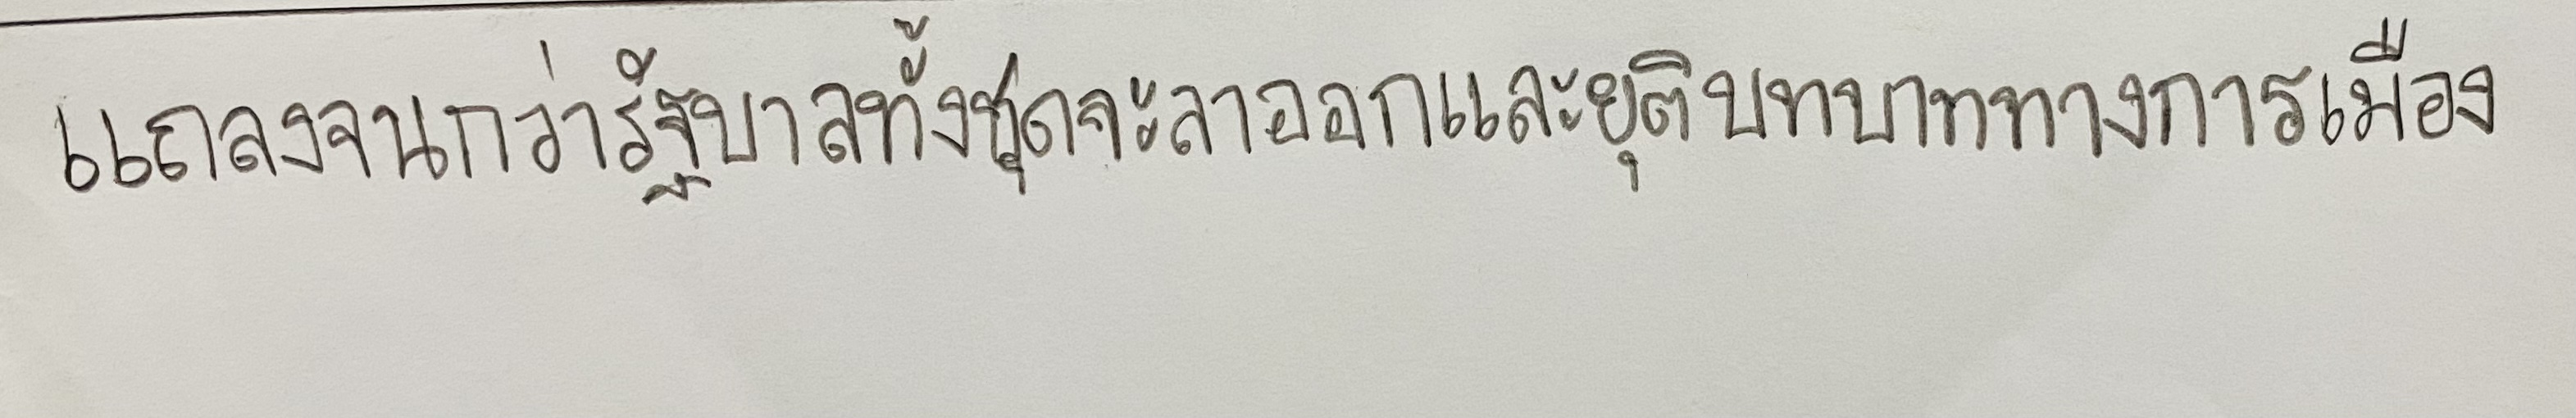
แถลงจนกว่ารัฐบาลทั้งชุดจะลาออกและยุติบทบาททางการเมือง